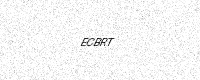
Text: ECBRT